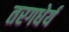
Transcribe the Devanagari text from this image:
तरगधेर्य